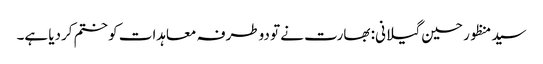
سید منظور حسین گیلانی: بھارت نے تو دوطرفہ معاہدات کو ختم کردیا ہے۔